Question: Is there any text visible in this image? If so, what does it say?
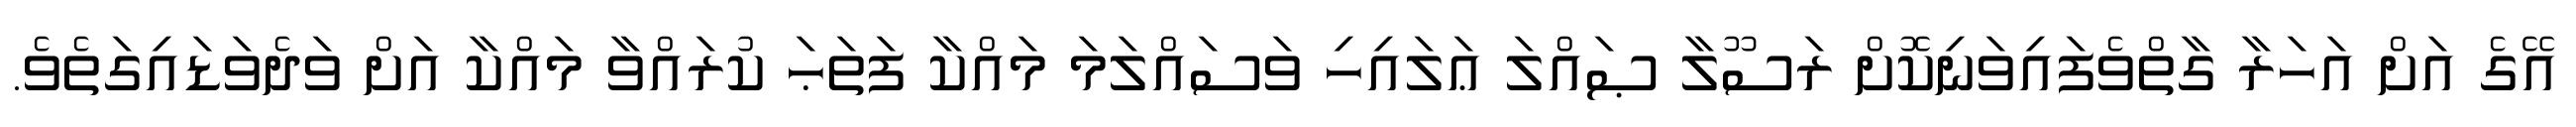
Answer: އޭގެ އަށް އަހަރާ ގާތްވެފައިވަނިކޮށް ރަސޫލާ ޞައްލަ ޢަލައިހި ވަސައްލަމަ މައްކާ ފަތަޙަ ކުރައްވާ މައްކާ އަށް ވަދެވަޑައިގަތެވެ.